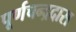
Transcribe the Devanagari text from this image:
पूर्णचन्द्रदास